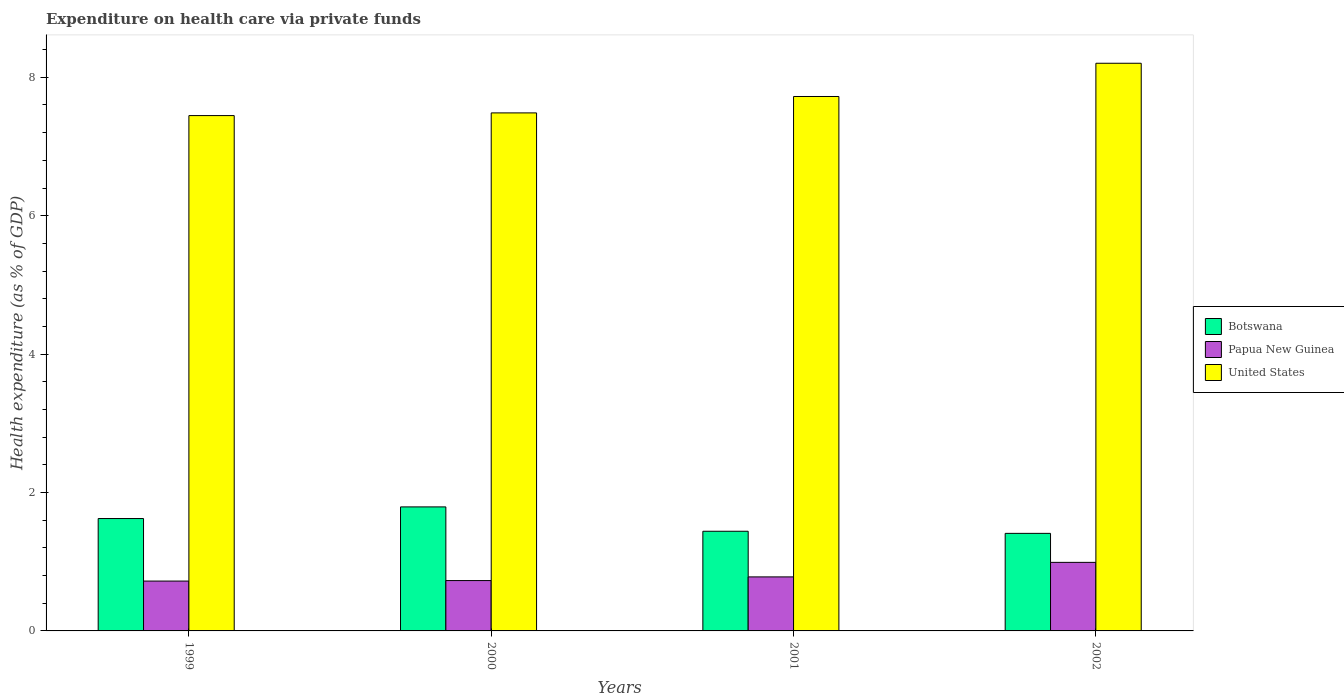
| Years | Botswana | Papua New Guinea | United States |
 | --- | --- | --- | --- |
 | 1999 | 1.62 | 0.72 | 7.45 |
 | 2000 | 1.79 | 0.728 | 7.49 |
 | 2001 | 1.44 | 0.781 | 7.72 |
 | 2002 | 1.41 | 0.991 | 8.2 |